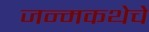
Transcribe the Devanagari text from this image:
जन्मकथेचे